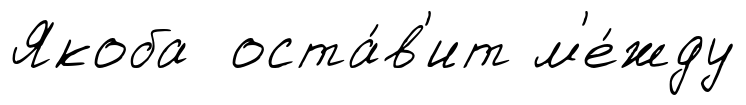
Якоба оста́в'ит м'е́жду